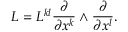
L = L ^ { k l } \frac { \partial } { \partial x ^ { k } } \wedge \frac { \partial } { \partial x ^ { l } } .